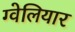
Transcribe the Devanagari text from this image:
ग्वेलियार